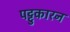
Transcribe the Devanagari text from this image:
पट्टुकारन